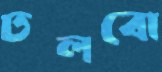
ঢলবো